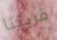
قريتنا